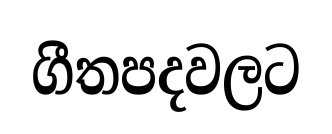
ගීතපදවලට